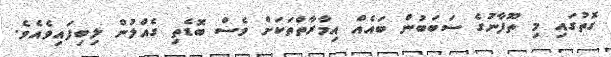
ގޮތުގައި މި ތޫފާނުގެ ސަބަބުން ބައެއް އިމާރާތްތަކަށް ވެސް ބޮޑެތި ގެއްލުން ލިބިފައިވެއެވެ.